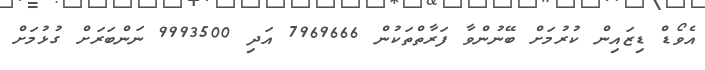
އެވޯޑް ޑިޒައިން ކުރުމަށް ބޭނުންވާ ފަރާތްތަކުން 7969666 އަދި 9993500 ނަންބަރަށް ގުޅުމަށް